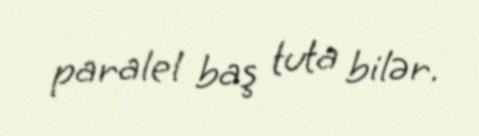
paralel baş tuta bilər.